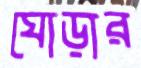
ঘোড়ার